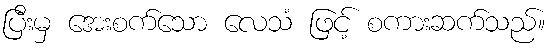
ပြီးမှ အေးစက်သော လေသံ ဖြင့် စကားဆက်သည်။